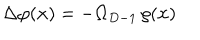
\Delta \varphi ( { \bf x } ) = - \Omega _ { D - 1 } \, \rho ( { \bf x } )